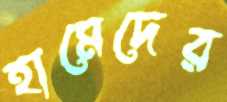
হামেদের